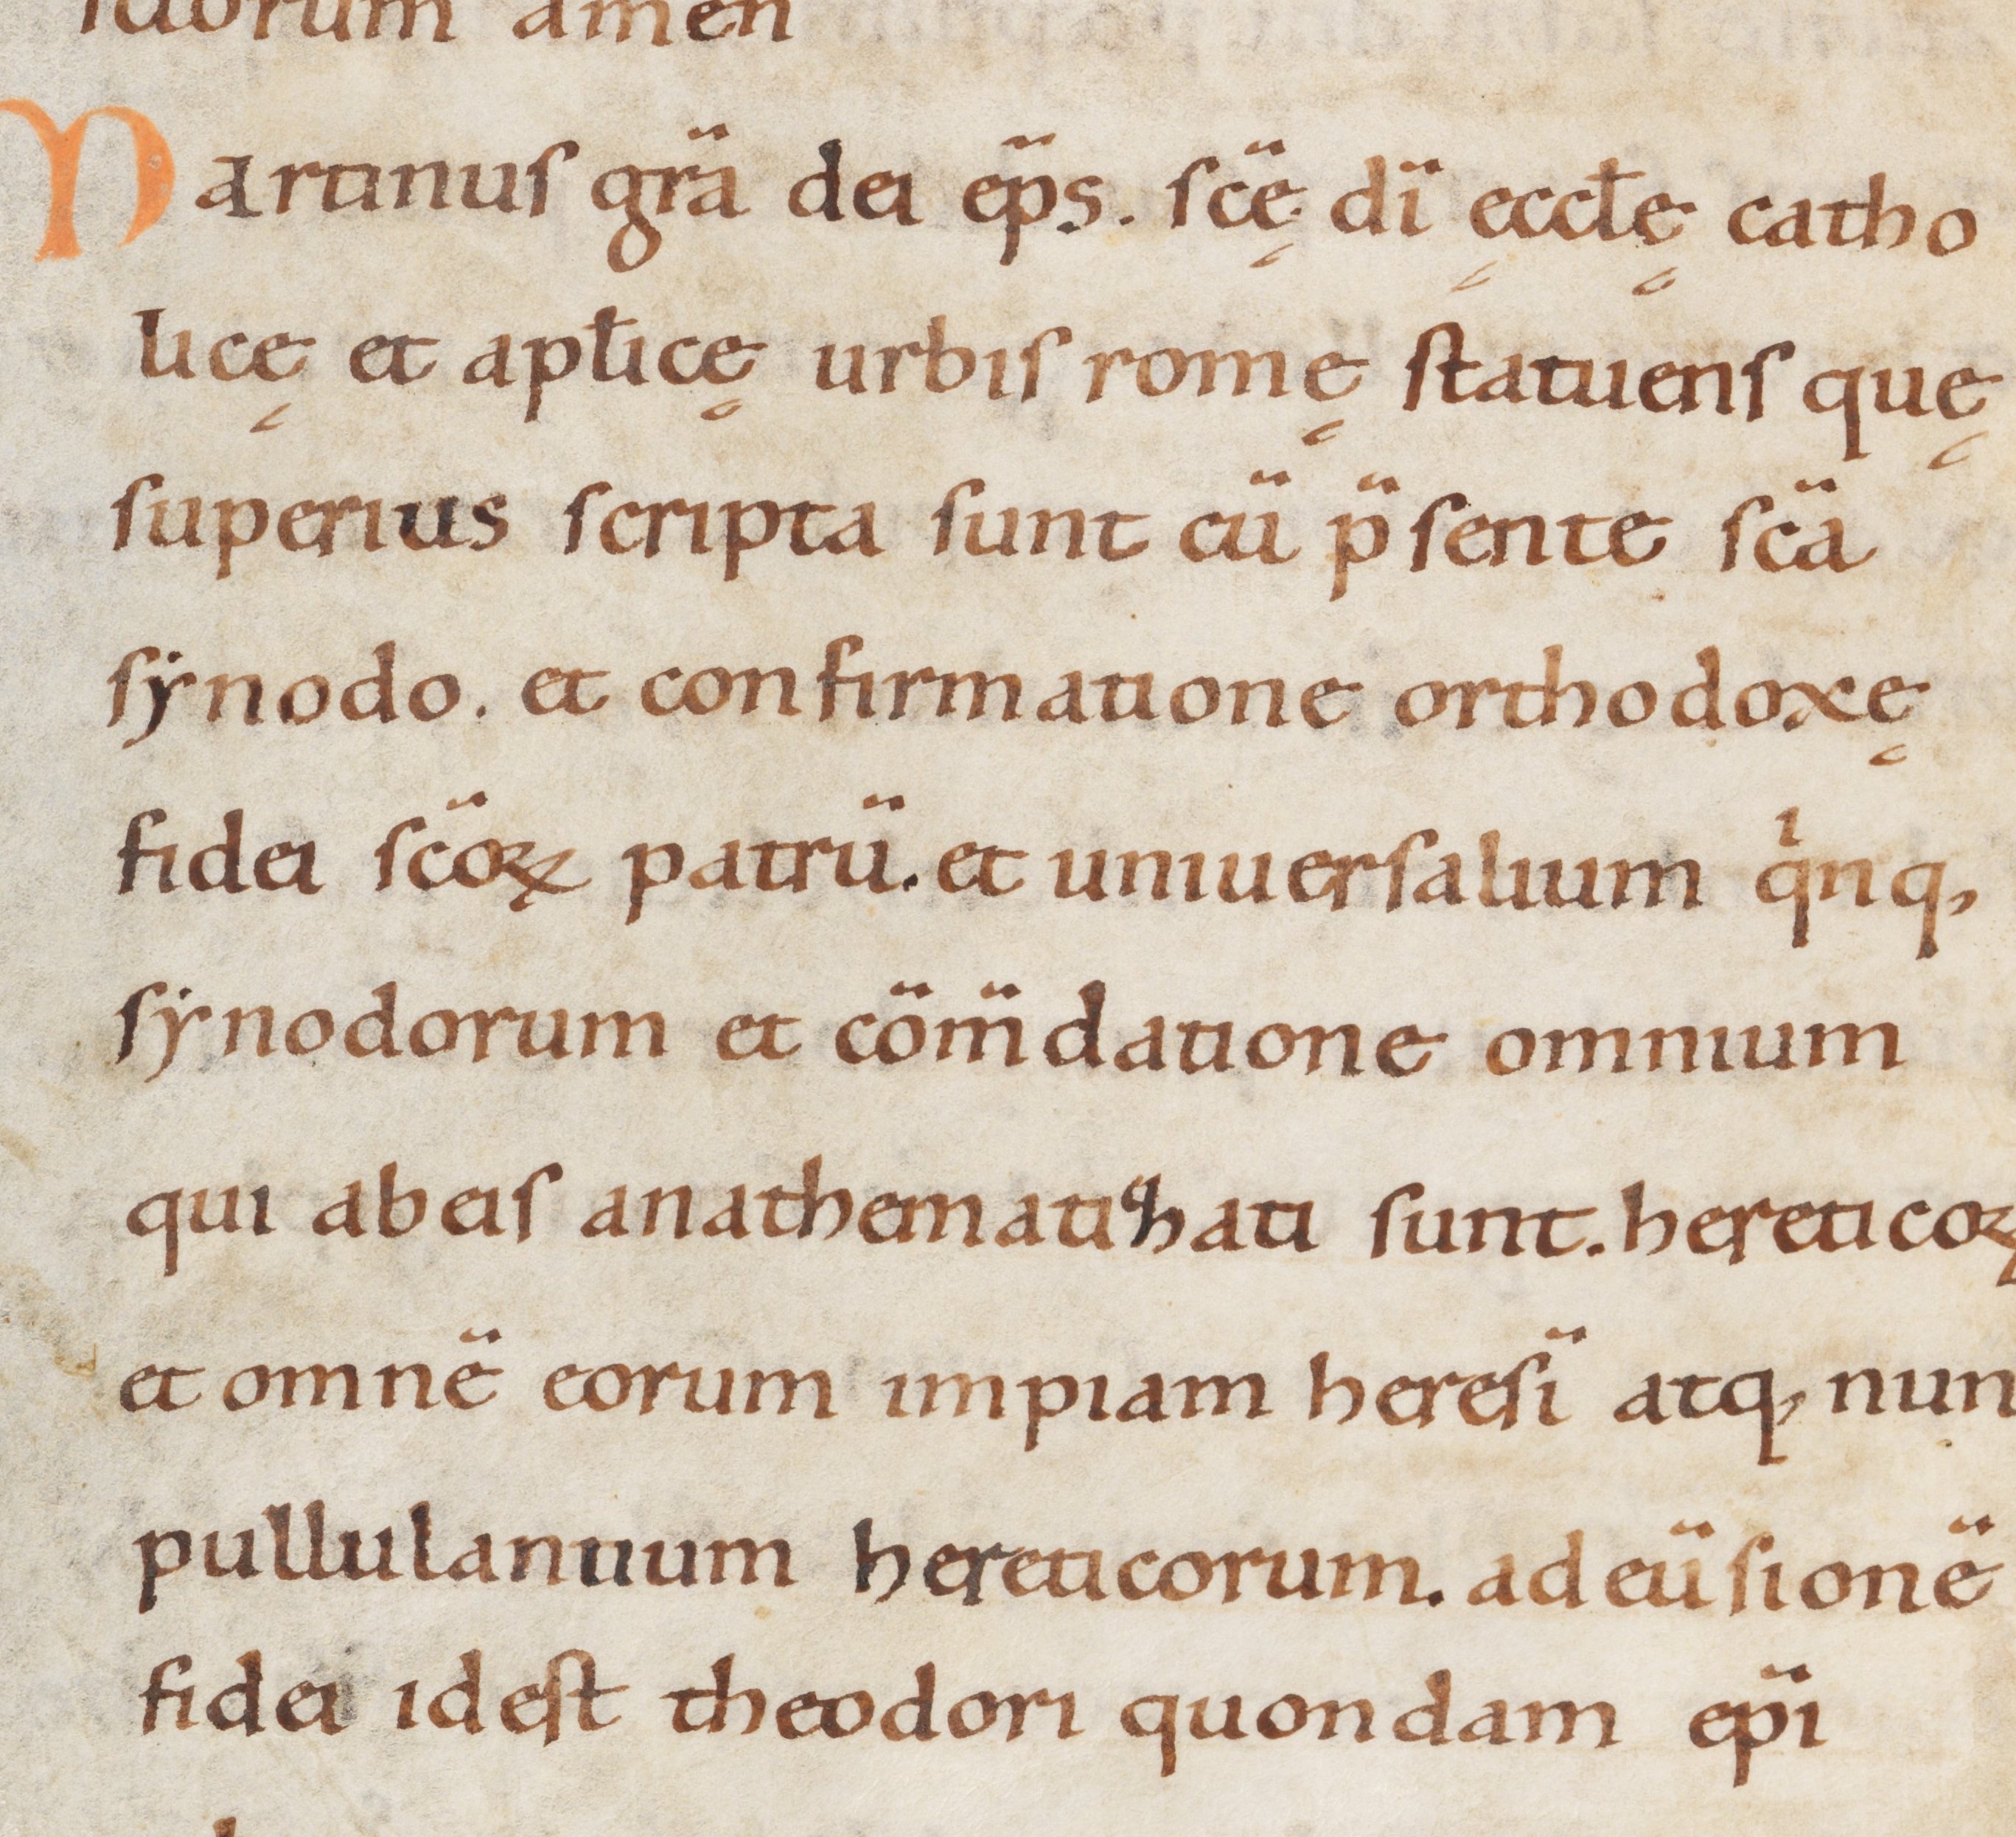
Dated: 1000–1099